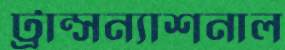
ট্রান্সন্যাশনাল